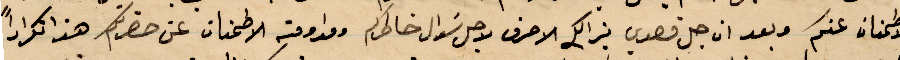
الاطمنان عنكم وبعد ان جل قصدي بذلك الاحرف لاجل سؤال خاطركم ومداومته الاطمنان عن حضرتكم هذا تكرارًا